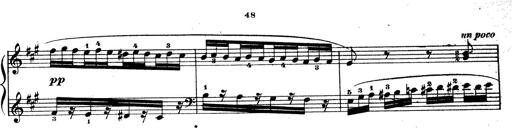
Title: Wagner-Liszt Album
Composer: Franz Liszt